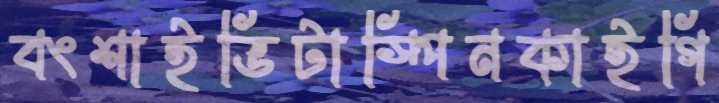
বংশাইভিটাস্পিনকাইগি